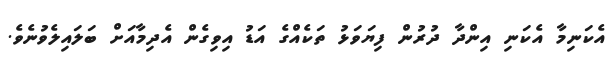
އެކަނިމާ އެކަނި އިންދާ ދުރުން ފިޔަވަޅު ތަކެއްގެ އަޑު އިވިގެން އެދިމާއަށް ބަލައިލެވުނެވެ.